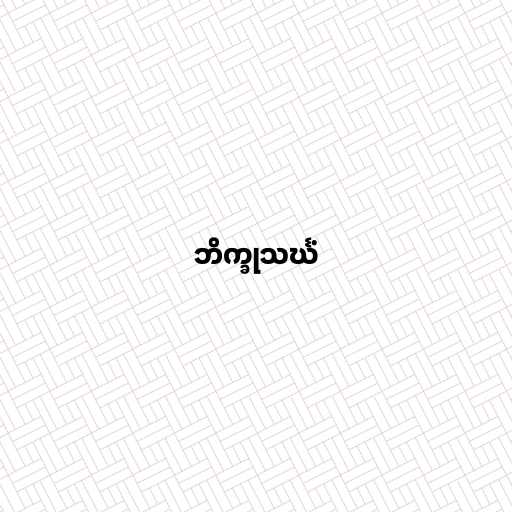
ဘိက္ခုသင်္ဃံ